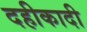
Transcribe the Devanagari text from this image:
दहीकादी